Indian journal of veterinary science and animal husbandry - Volume 8,
Year: 1938
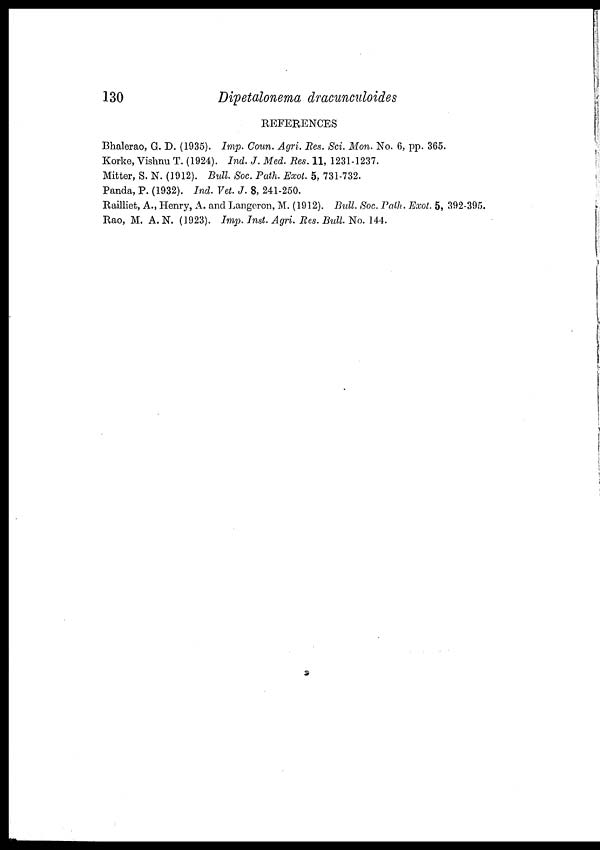
130
Dipetalonema dracunculoides
REFERENCES
Bhalerao, G. D. (1935). Imp. Coun. Agri. Res. Sci. Mon. No. 6, pp. 365.
Korke, Vishnu T. (1924). Ind. J. Med. Res. 11, 1231-1237.
Mitter, S. N. (1912). Bull. Soc. Path. Exot. 5, 731-732.
Panda, P. (1932). Ind. Vet. J. 8, 241-250.
Railliet, A., Henry, A. and Longeron, M. (1912). Bull. Soc. Path. Exot. 5, 392-395.
Rao, M. A. N. (1923). Imp. Inst. Agri. Res. Bull. No. 144.